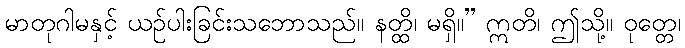
မာတုဂါမနှင့် ယဉ်ပါးခြင်းသဘောသည်။ နတ္ထိ၊ မရှိ။” ဣတိ၊ ဤသို့။ ဝုတ္တေ၊